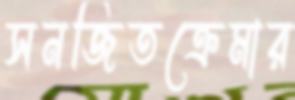
সনজিতক্রেমার